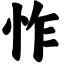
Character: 怍